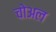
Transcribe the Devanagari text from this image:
चोअल